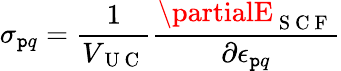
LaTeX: \sigma_{\mathtt{p}q}=\frac{{1}}{{V_{\mathrm{{~U~C~}}}}}\frac{{\partialE_{\mathrm{{~S~C~F~}}}}}{{\partial\epsilon_{\mathtt{p}q}}}